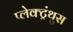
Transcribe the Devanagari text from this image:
प्लेक्ट्रंथुस